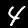
Label: 4